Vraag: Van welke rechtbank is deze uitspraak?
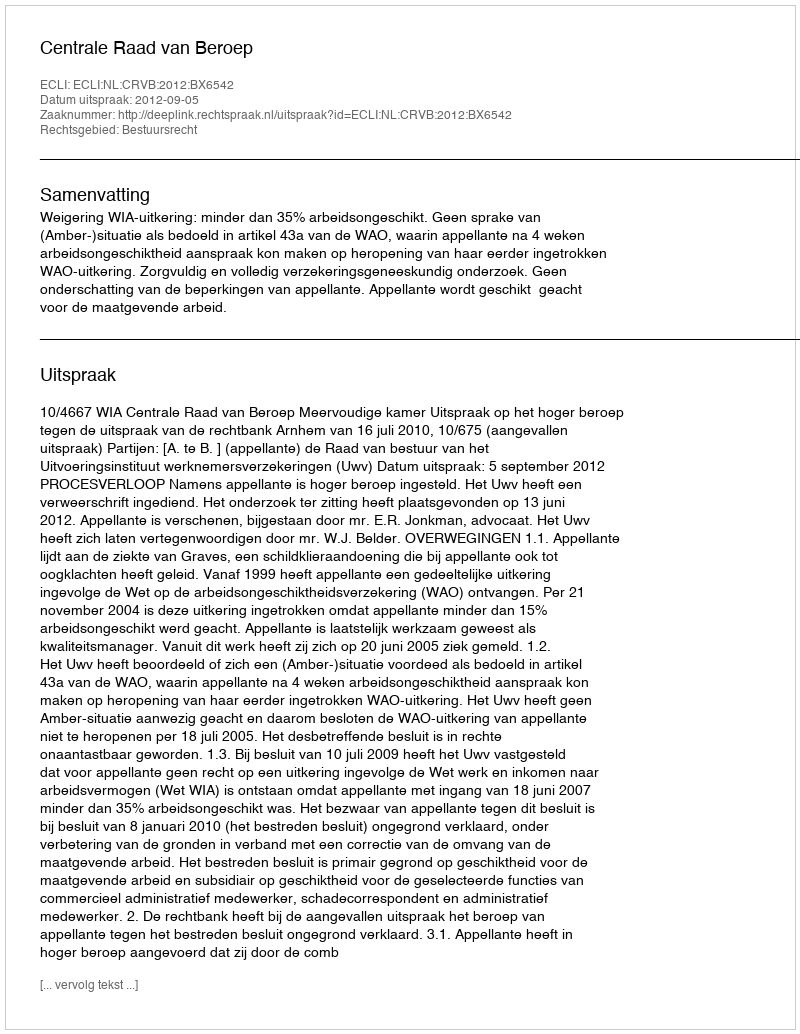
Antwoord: Centrale Raad van Beroep